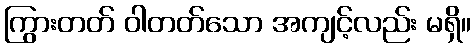
ကြွားတတ် ဝါတတ်သော အကျင့်လည်း မရှိ။